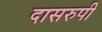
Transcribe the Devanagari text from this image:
दासरुपी